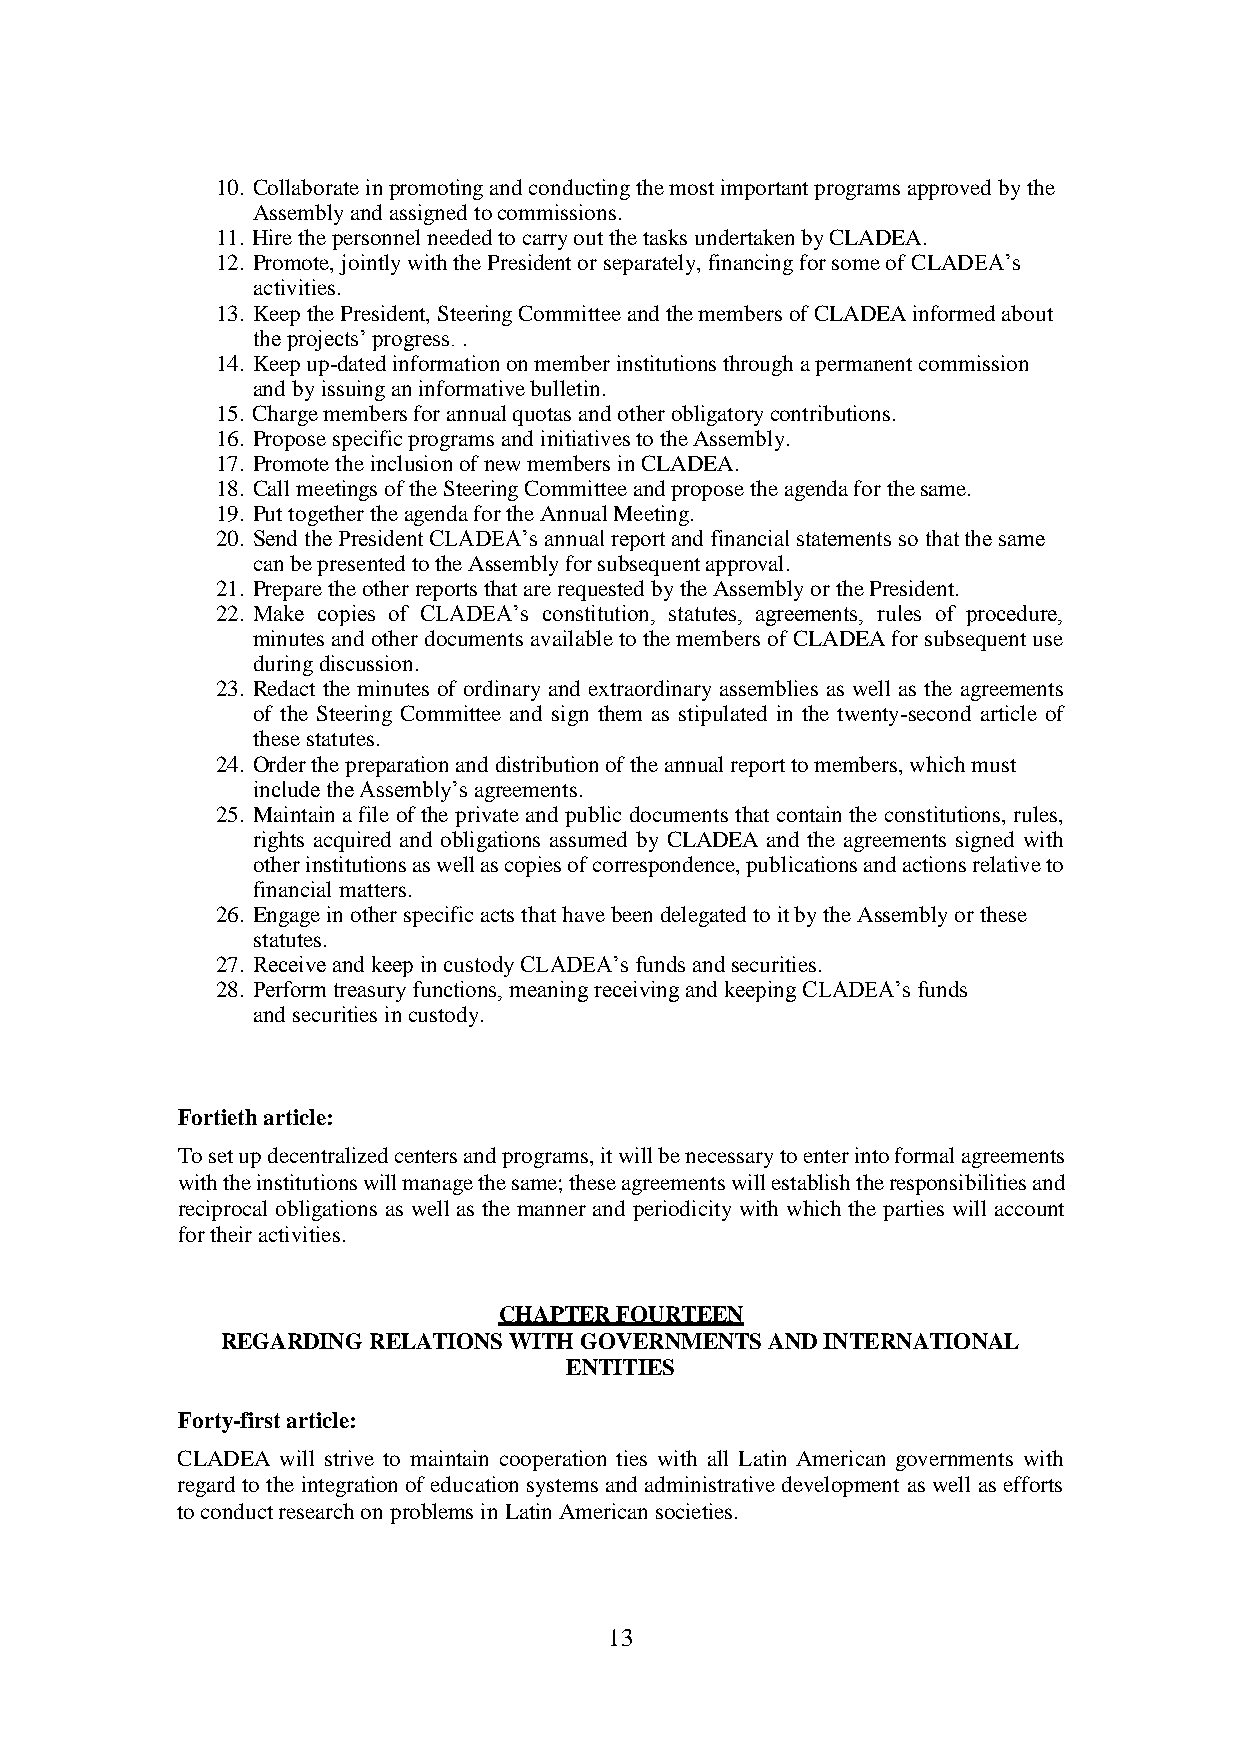
10. Collaborate in promoting and conducting the most important programs approved by the
 Assembly and assigned to commissions.
 11. Hire the personnel needed to carry out the tasks undertaken by CLADEA.
 12. Promote, jointly with the President or separately, financing for some of CLADEA’s
 activities.
 13. Keep the President, Steering Committee and the members of CLADEA informed about
 the projects’ progress. .
 14. Keep up-dated information on member institutions through a permanent commission
 and by issuing an informative bulletin.
 15. Charge members for annual quotas and other obligatory contributions.
 16. Propose specific programs and initiatives to the Assembly.
 17. Promote the inclusion of new members in CLADEA.
 18. Call meetings of the Steering Committee and propose the agenda for the same.
 19. Put together the agenda for the Annual Meeting.
 20. Send the President CLADEA’s annual report and financial statements so that the same
 can be presented to the Assembly for subsequent approval.
 21. Prepare the other reports that are requested by the Assembly or the President.
 22. Make copies of CLADEA’s constitution, statutes, agreements, rules of procedure,
 minutes and other documents available to the members of CLADEA for subsequent use
 during discussion.
 23. Redact the minutes of ordinary and extraordinary assemblies as well as the agreements
 of the Steering Committee and sign them as stipulated in the twenty-second article of
 these statutes.
 24. Order the preparation and distribution of the annual report to members, which must
 include the Assembly’s agreements.
 25. Maintain a file of the private and public documents that contain the constitutions, rules,
 rights acquired and obligations assumed by CLADEA and the agreements signed with
 other institutions as well as copies of correspondence, publications and actions relative to
 financial matters.
 26. Engage in other specific acts that have been delegated to it by the Assembly or these
 statutes.
 27. Receive and keep in custody CLADEA’s funds and securities.
 28. Perform treasury functions, meaning receiving and keeping CLADEA’s funds
 and securities in custody.
 Fortieth article:
 To set up decentralized centers and programs, it will be necessary to enter into formal agreements
 with the institutions will manage the same; these agreements will establish the responsibilities and
 reciprocal obligations as well as the manner and periodicity with which the parties will account
 for their activities.
 CHAPTER FOURTEEN
 REGARDING RELATIONS WITH GOVERNMENTS AND INTERNATIONAL
 ENTITIES
 Forty-first article:
 CLADEA will strive to maintain cooperation ties with all Latin American governments with
 regard to the integration of education systems and administrative development as well as efforts
 to conduct research on problems in Latin American societies.
 13